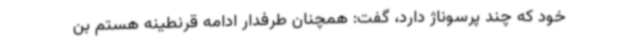
خود که چند پرسوناژ دارد، گفت: همچنان طرفدار ادامه قرنطینه هستم بن